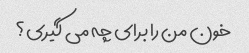
خون من را برای چه می گیری؟